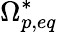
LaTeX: \Omega_{p,eq}^{\ast}